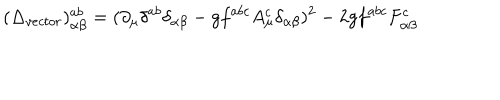
( \Delta _ { v e c t o r } ) _ { \alpha \beta } ^ { a b } = ( \partial _ { \mu } \delta ^ { a b } \delta _ { \alpha \beta } - g f ^ { a b c } A _ { \mu } ^ { c } \delta _ { \alpha \beta } ) ^ { 2 } - 2 g f ^ { a b c } F _ { \alpha \beta } ^ { c }